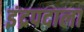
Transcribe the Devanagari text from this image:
इंद्रपदाला